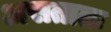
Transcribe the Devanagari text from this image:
असतातः